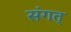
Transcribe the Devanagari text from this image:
संगत्